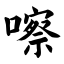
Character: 嚓